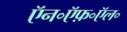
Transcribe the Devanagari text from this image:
ऍन॰ऍफ़॰ऍल॰